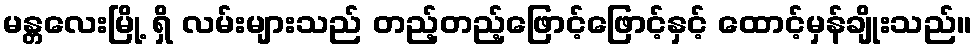
မန္တလေးမြို့ ရှိ လမ်းများသည် တည့်တည့်ဖြောင့်ဖြောင့်နှင့် ထောင့်မှန်ချိုးသည်။